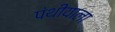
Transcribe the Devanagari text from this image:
पंथीयाला